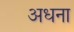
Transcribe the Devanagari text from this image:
अधना